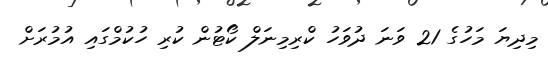
މިދިޔަ މަހުގެ 21 ވަނަ ދުވަހު ކްރިމިނަލް ކޯޓުން ކުރި ހުކުމްގައި އުމުރަށް